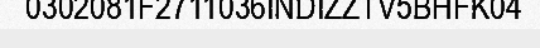
0302081F2711036INDIZZTV5BHFK04